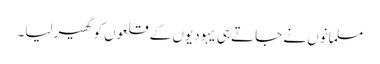
مسلمانوں نے جاتے ہی یہودیوں کے قلعوں کو گھیر لیا۔